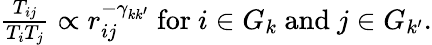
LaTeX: \begin{array}{r}{\frac{T_{ij}}{T_{i}T_{j}}\propto r_{ij}^{-\gamma_{kk^{\prime}}}\ \textrm{for}\ i\in G_{k}\ \textrm{and}\ j\in G_{k^{\prime}}.}\end{array}